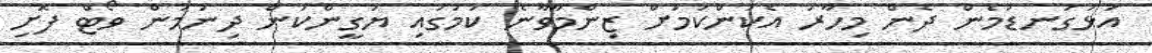
އަޅުގަނޑުމެން ދެން މިހާރު އެކަންކަމަށް ޒިންމާވާނެ ކަމުގައި ޔަގީންކަން ދިނުމުން ވޯޓް ފޮށި